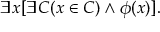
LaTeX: \exists x [ \exists C ( x \in C ) \land \phi ( x ) ] .